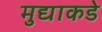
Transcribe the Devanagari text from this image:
मुद्याकडे